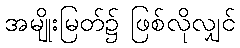
အမျိုးမြတ်၌ ဖြစ်လိုလျှင်